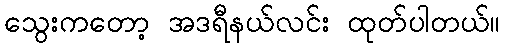
သွေးကတော့ အဒရီနယ်လင်း ထုတ်ပါတယ်။